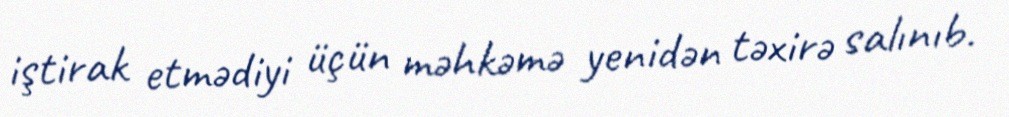
iştirak etmədiyi üçün məhkəmə yenidən təxirə salınıb.